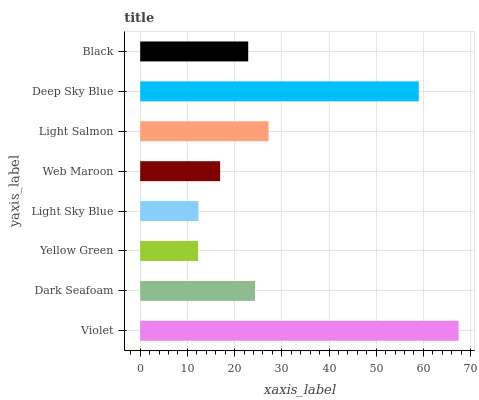
| yaxis_label | bars |
 | --- | --- |
 | Violet | 67.4 |
 | Dark Seafoam | 24.3 |
 | Yellow Green | 12.3 |
 | Light Sky Blue | 12.3 |
 | Web Maroon | 16.9 |
 | Light Salmon | 27.2 |
 | Deep Sky Blue | 59 |
 | Black | 22.9 |